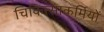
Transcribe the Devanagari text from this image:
चिकित्साकर्मियों